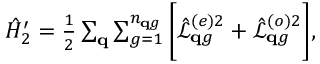
\begin{array} { r } { \hat { H } _ { 2 } ^ { \prime } = \frac { 1 } { 2 } \sum _ { \mathbf q } \sum _ { g = 1 } ^ { n _ { \mathbf q g } } \bigg [ \hat { \mathcal L } _ { \mathbf { q } g } ^ { ( e ) 2 } + \hat { \mathcal L } _ { \mathbf { q } g } ^ { ( o ) 2 } \bigg ] , } \end{array}